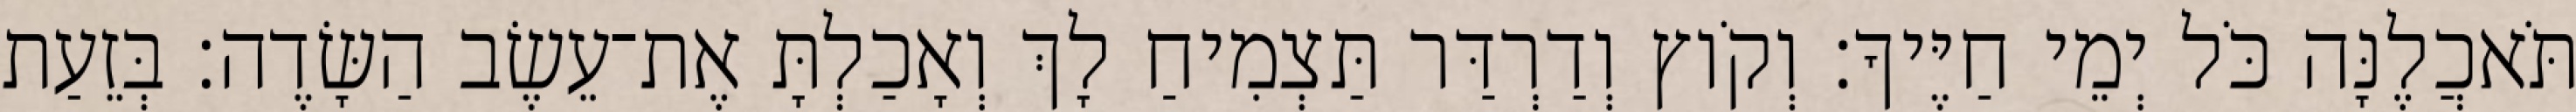
תֹּאכֲלֶנָּה כֹּל יְמֵי חַיֶּיךָ׃ וְקֹוץ וְדַרְדַּר תַּצְמִיחַ לָךְ וְאָכַלְתָּ אֶת־עֵשֶׂב הַשָּׂדֶה׃ בְּזֵעַת